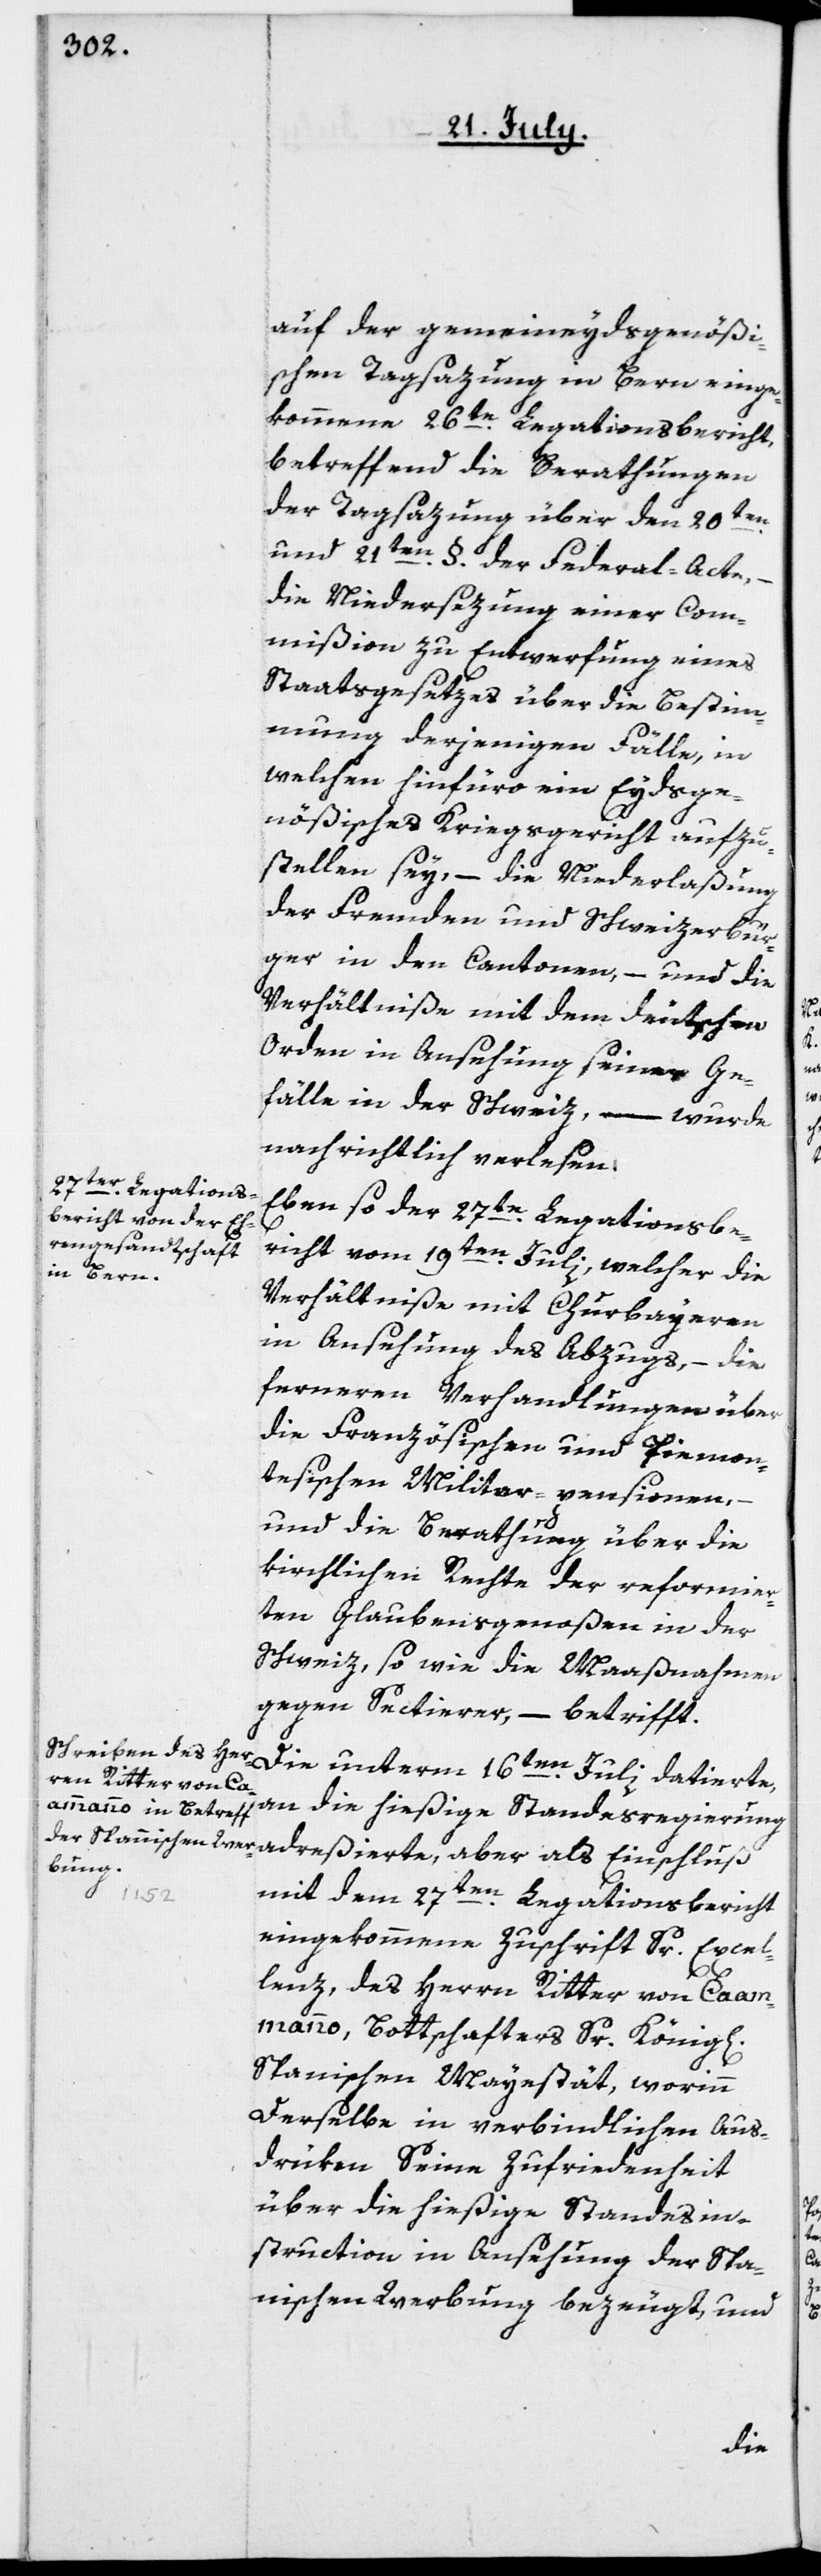
auf der gemeineydsgenößi¬
schen Tagsazung in Bern einge¬
kommene 26te Legationsbericht,
betreffend die Berathungen
der Tagsazung über den 20ten
und 21ten §. der Federal-Acte,
die Niedersezung einer Com¬
mißion zu Entwerfung eines
Staatsgesetzes über die Bestim¬
mung derjenigen Fälle, in
welchen hinfüro ein Eydsge¬
nößisches Kriegsgericht aufzu¬
stellen sey, – die Niederlaßung
der Fremden und Schweizerbür¬
ger in den Cantonen, – und die
Verhältniße mit dem deutschen
Orden in Ansehung seiner Ge¬
fälle in der Schweiz, – wurde
nachrichtlich verlesen.
Eben so der 27te Legationsbe¬
richt vom 19ten Julii, welcher die
Verhältniße mit Churbayeren
in Ansehung des Abzugs, – die
ferneren Verhandlungen über
die Französischen und Piemon¬
tesischen Militar-pensionen,
und die Berathung über die
kirchlichen Rechte der reformier¬
ten Glaubensgenoßen in der
Schweiz, sowie die Maaßnahmen
gegen Sectierer, – betrifft.
andie hießige Standesregierung
mit dem 27ten Legationsbericht
eingekommene Zuschrift Sr. Excel¬
lenz, des Herrn Ritter von Caam¬
manno, Bottschafters Sr. König[li¬
Spanischen Mayestät, worinn
derselbe in verbindlichen Aus¬
drüken seine Zufriedenheit
über die hießige Standesin¬
struction in Ansehung der Spa¬
nischen Werbung bezeugt, und
chen]